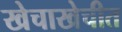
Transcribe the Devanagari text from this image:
खेचाखेचीत